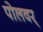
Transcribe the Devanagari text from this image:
पोलवर्